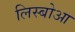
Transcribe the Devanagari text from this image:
लिस्बोआ